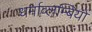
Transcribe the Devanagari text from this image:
धर्माव्लम्बियों